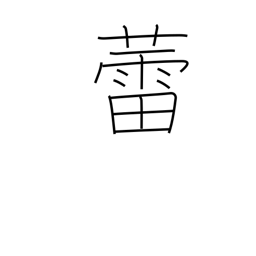
Meaning: bud (plants, mushrooms not yet opened)